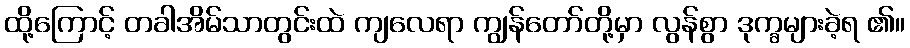
ထို့ကြောင့် တခါအိမ်သာတွင်းထဲ ကျလေရာ ကျွန်တော်တို့မှာ လွန်စွာ ဒုက္ခများခဲ့ရ ၏။